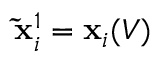
\mathbf { \tilde { x } } _ { i } ^ { 1 } = \mathbf { x } _ { i } ( V )